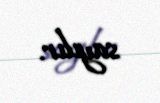
sayılır.